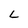
Character: L